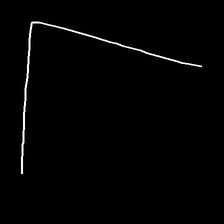
Glyph: region